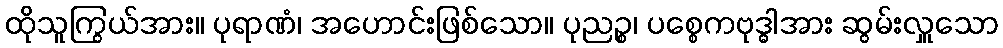
ထိုသူကြွယ်အား။ ပုရာဏံ၊ အဟောင်းဖြစ်သော။ ပုညဉ္စ၊ ပစ္စေကဗုဒ္ဓါအား ဆွမ်းလှူသော